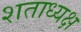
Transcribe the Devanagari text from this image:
शताध्यक्ष